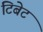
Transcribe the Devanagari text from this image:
टिबेट